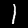
Digit: 1